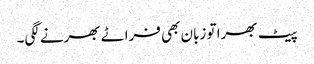
پیٹ بھرا تو زبان بھی فراٹے بھرنے لگی۔